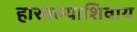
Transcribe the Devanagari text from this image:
हारवल्याशिवाय